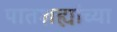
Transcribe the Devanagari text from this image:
पातशह्यांच्या